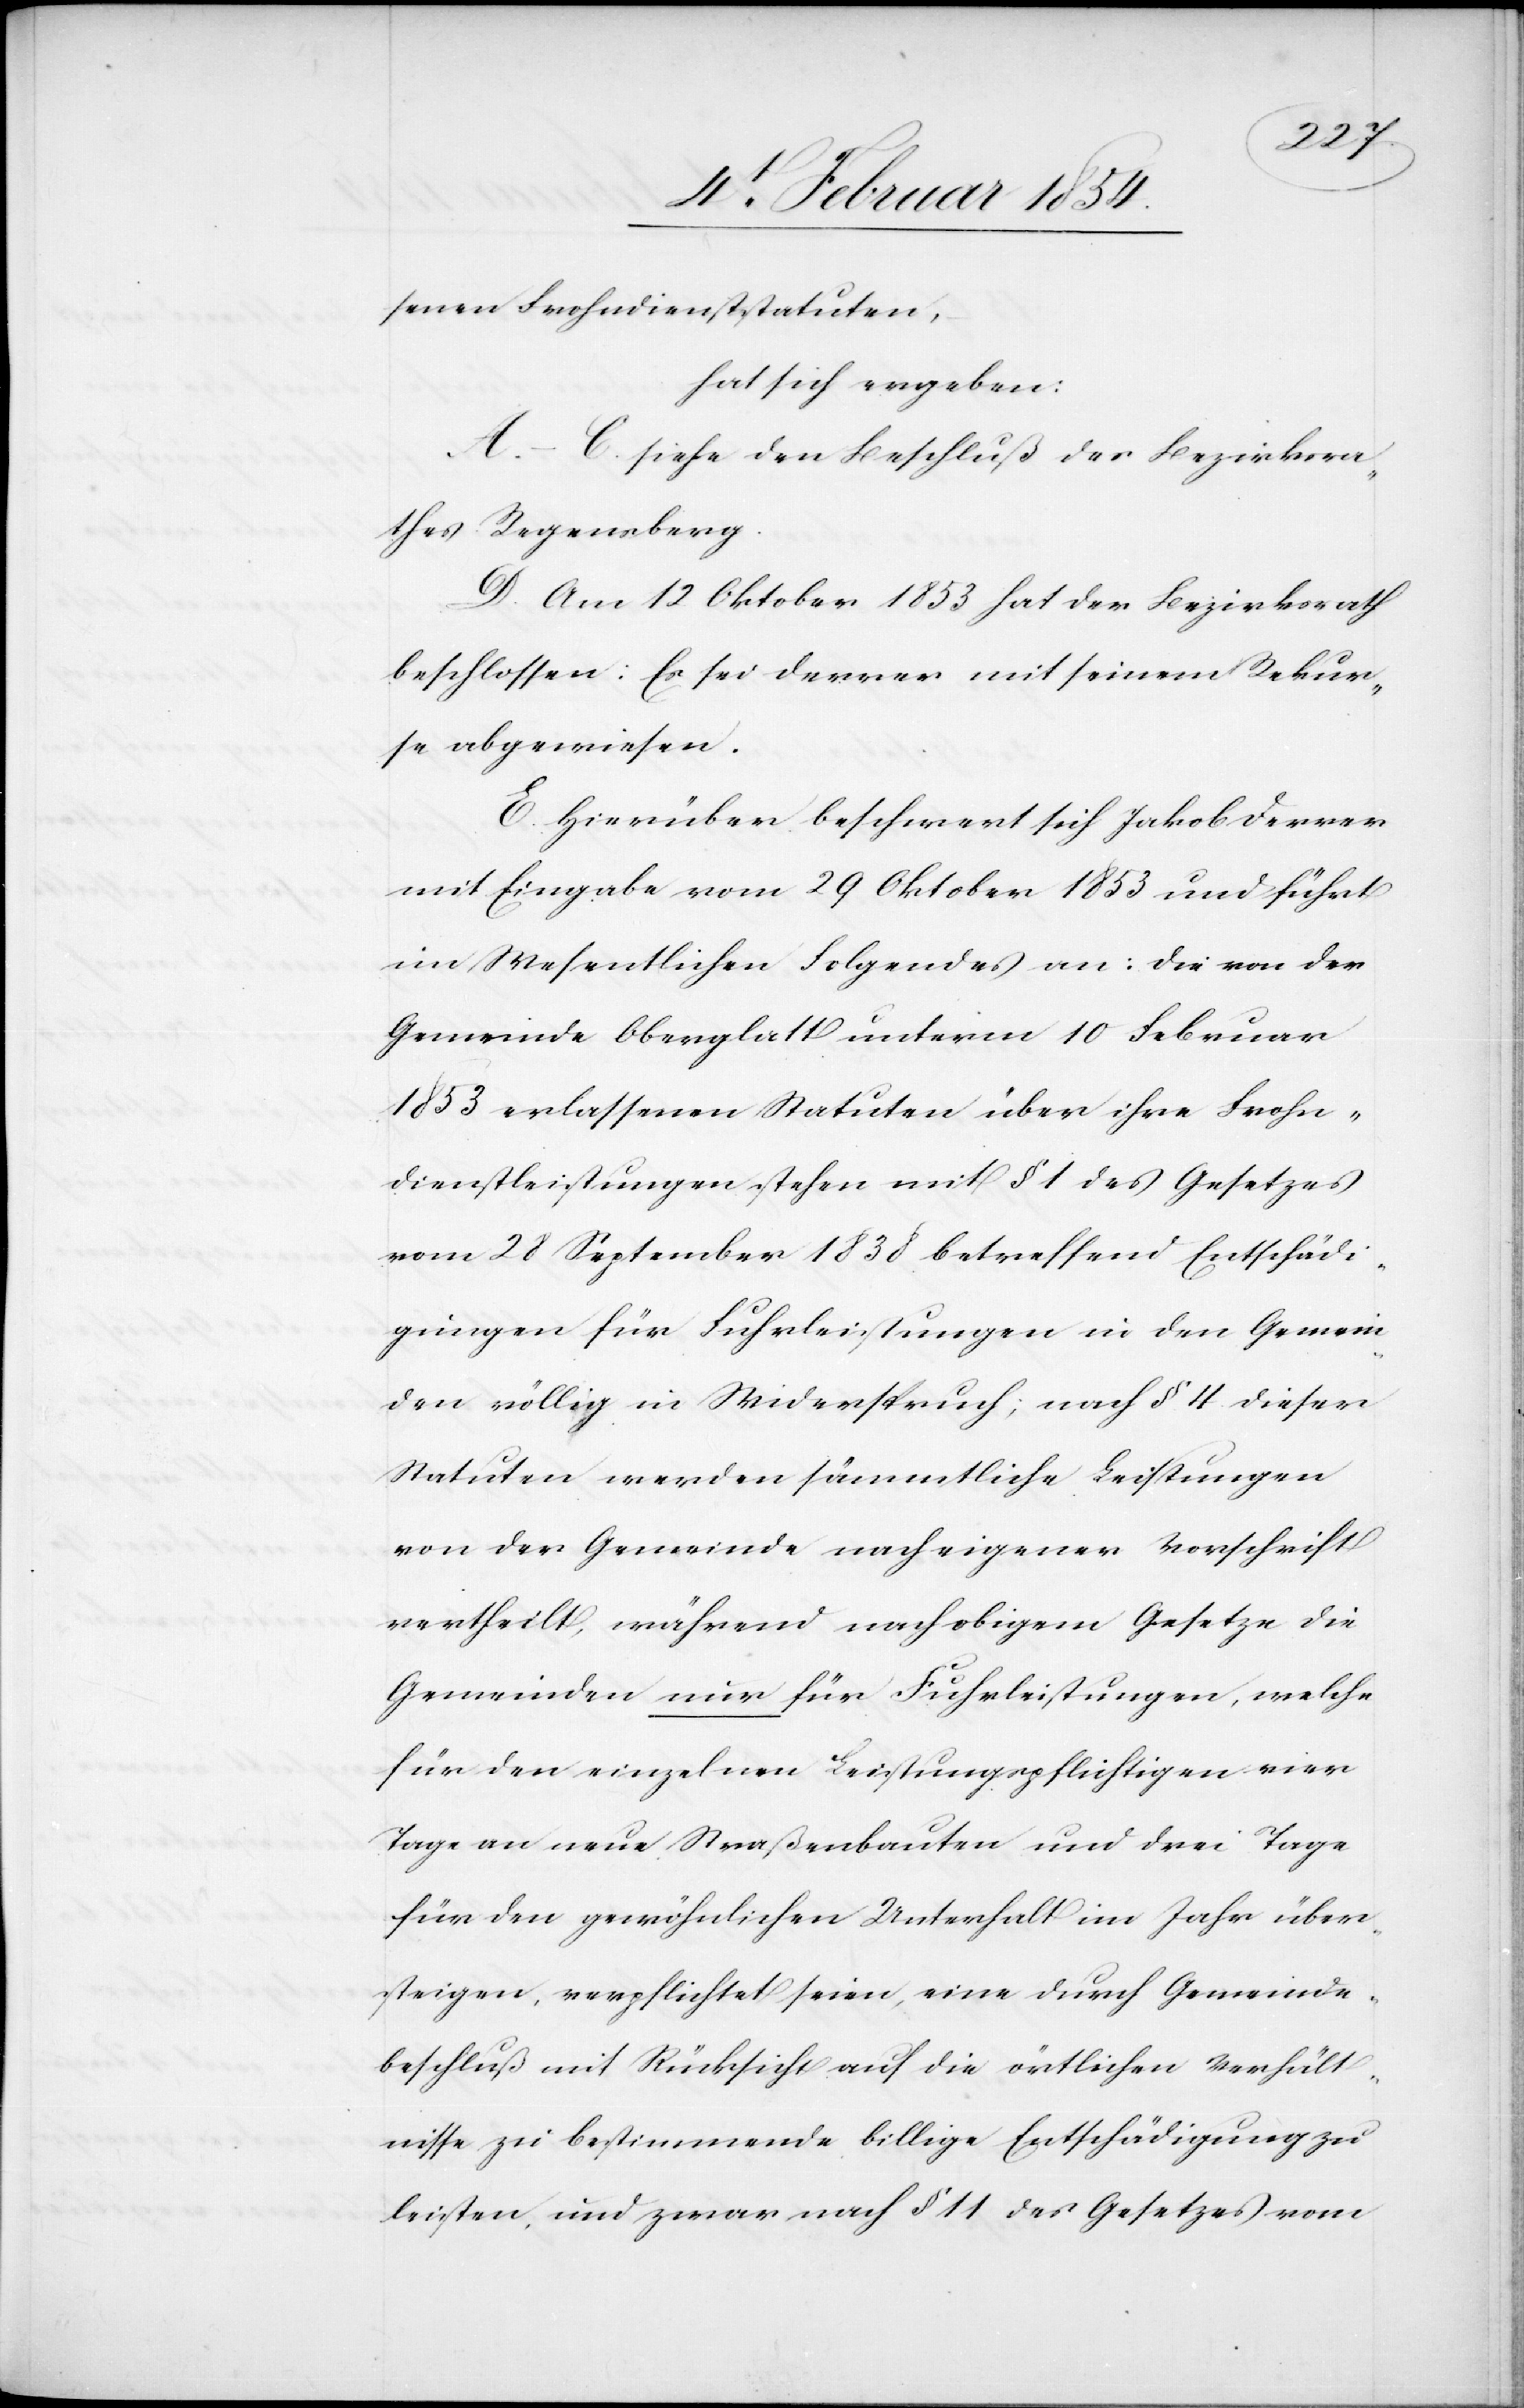
senen Frohndienststatuten,
hat sich ergeben:
A.C. siehe den Beschluß des Bezirksra¬
thes Regensberg.
D. Am 12 Oktober 1853 hat der Bezirksrath
beschlossen: Es sei Derrer mit seinem Rekur¬
se abgewiesen.
E. Hierüber beschwert sich Jakob Derrer
mit Eingabe vom 29 Oktober 1853 und führt
im Wesentlichen Folgendes an: Die von der
Gemeinde Oberglatt unterm 10 Februar
1853 erlassenen Statuten über ihre Frohn¬
dienstleistungen stehen mit § 1 des Gesetzes
vom 28 September 1838 betreffend Entschädi¬
gungen für Fuhrleistungen in den Gemein¬
den völlig in Widerspruch; nach § 4. dieser
Statuten werden sämmtliche Leistungen
von der Gemeinde nach eigener Vorschrift
vertheilt, während nach obigem Gesetze die
Gemeinden nur für Fuhrleistungen, welche
für den einzelnen Leistungspflichtigen vier
Tage an neue Straßenbauten und drei Tage
für den gewöhnlichen Unterhalt im Jahr über¬
steigen, verpflichtet, seien, eine durch Gemeinde¬
beschluß mit Rücksicht auf die örtlichen Verhält¬
nisse zu bestimmende billige Entschädigung zu
leisten, und zwar nach § 11 des Gesetzes vom